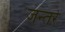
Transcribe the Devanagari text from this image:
जन्तरे